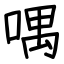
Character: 喁